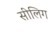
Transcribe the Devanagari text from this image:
सीलिग